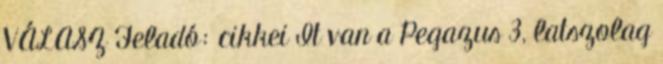
VÁLASZ Feladó: cikkei It van a Pegazus 3, latszolag